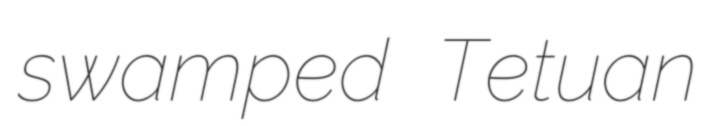
swamped Tetuan